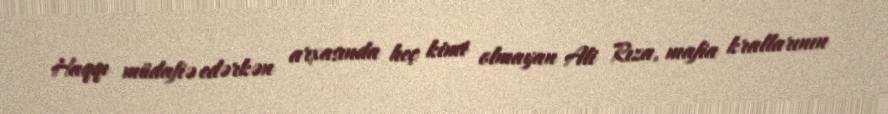
Haqqı müdafiə edərkən arxasında heç kimi olmayan Ali Rıza, mafia krallarının